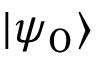
| \psi _ { 0 } \rangle